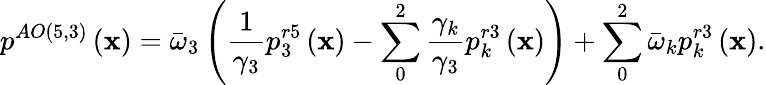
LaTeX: {{p}^{AO\left(5,3\right)}}\left(\mathbf{x}\right)={{\bar{{\omega}}}_{3}}\left(\frac{{1}}{{{{\gamma}_{3}}}}p_{3}^{r5}\left(\mathbf{x}\right)-\sum_{0}^{2}{\frac{{{{\gamma}_{k}}}}{{{{\gamma}_{3}}}}p_{k}^{r3}\left(\mathbf{x}\right)}\right)+\sum_{0}^{2}{{{{\bar{{\omega}}}}_{k}}p_{k}^{r3}\left(\mathbf{x}\right)}.